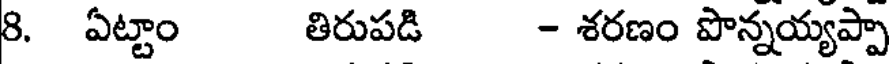
8. ఏట్టాం తిరుపడి - శరణం పొన్నయ్యప్పా